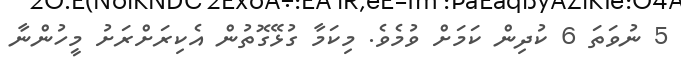
5 ނުވަތަ 6 ކުދިން ކަަމަށް ވުމެވެ. މިކަމާ ގުޅޭގޮތުން އެކިރަށްރަށު މީހުންނާ